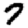
Digit: 7